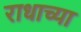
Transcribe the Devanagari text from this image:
राधाच्या